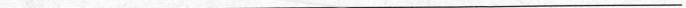
___